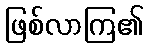
ဖြစ်လာကြ၏